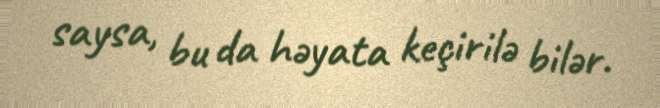
saysa, bu da həyata keçirilə bilər.